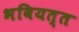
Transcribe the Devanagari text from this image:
भवियत्त